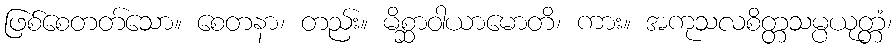
ဖြစ်စေတတ်သော။ စေတနာ၊ တည်း။ မိစ္ဆာဝါယာမောတိ၊ ကား။ အကုသလစိတ္တသမ္ပယုတ္တံ၊